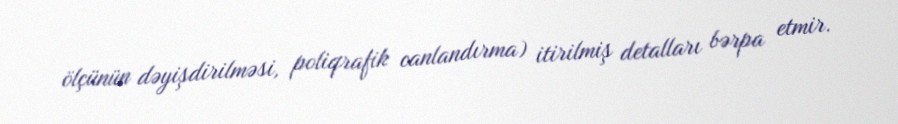
ölçünün dəyişdirilməsi, poliqrafik canlandırma) itirilmiş detalları bərpa etmir.